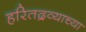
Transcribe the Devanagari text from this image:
हरितद्रव्याच्या